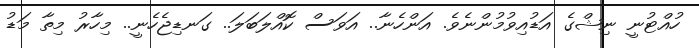
ހުއްޓުނީ ނިޝްގެ އަޑުއިވުމުންނެވެ. އަންހެނާ.. އަވަސް ކޮއްލަބަލަ.. ގަނޑިޖެހެނީ.. މިހާރު މިތާ މަޑު